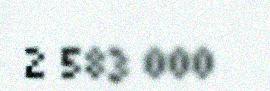
2 583 000